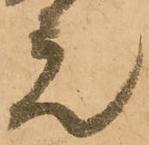
元